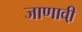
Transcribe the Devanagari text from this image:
जाणावी़